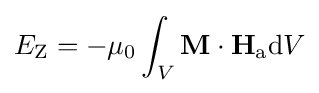
E_{\text{Z}}=-\mu _{0}\int _{V}\mathbf {M} \cdot \mathbf {H} _{\text{a}}\mathrm {d} V